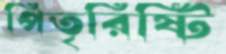
পিতৃরিষ্টি